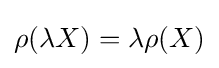
\rho (\lambda X)=\lambda \rho (X)